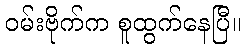
ဝမ်းဗိုက်က စူထွက်နေပြီ။